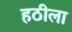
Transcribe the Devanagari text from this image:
हठीला